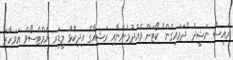
ރައީސް ނަޝީދު "ދަމައިގެން" ކޯޓަށް ވެއްދުމުންނާއި ރަޝިއާގެ އިދިކޮޅު ލީޑަރ ނެމްޓްސޯވް އަވަހާރަ